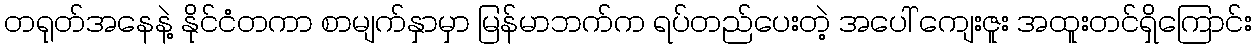
တရုတ်အနေနဲ့ နိုင်ငံတကာ စာမျက်နှာမှာ မြန်မာဘက်က ရပ်တည်ပေးတဲ့ အပေါ် ကျေးဇူး အထူးတင်ရှိကြောင်း